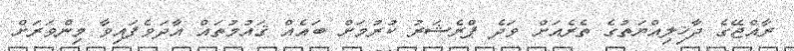
ރާއްޖޭގެ ދާޚިލިއްޔަތުގެ ތެރެއަށް ވަދެ ޕްރެޝަރު ކުރުމަށް ބައެއް ޤައުމުތައް އާދަވެފައިވާ މިންވަރަށް